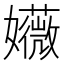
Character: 𫲛